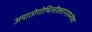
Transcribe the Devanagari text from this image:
अयातोगोभिलोक्तानामम्न्येषां